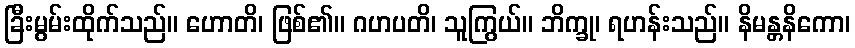
ခြီးမွမ်းထိုက်သည်။ ဟောတိ၊ ဖြစ်၏။ ဂဟပတိ၊ သူကြွယ်။ ဘိက္ခု၊ ရဟန်းသည်။ နိမန္တနိကော၊